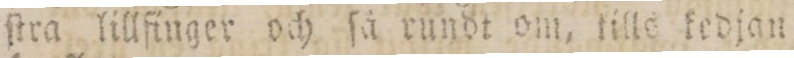
ſtra lillfinger och ſå rundt om, tills kedjan